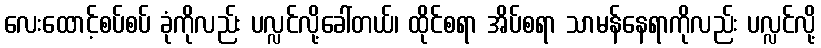
လေးထောင့်စပ်စပ် ခုံကိုလည်း ပလ္လင်လို့ခေါ်တယ်၊ ထိုင်စရာ အိပ်စရာ သာမန်နေရာကိုလည်း ပလ္လင်လို့